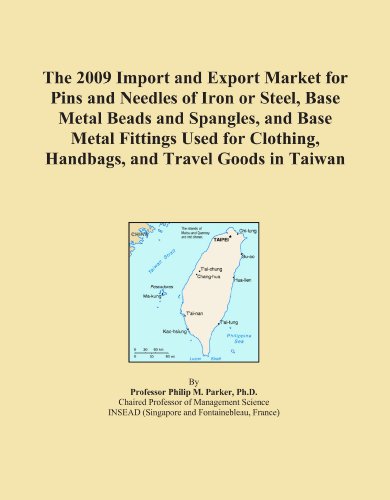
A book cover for The 2009 Import and Export Market for Pins and Needles of Iron or Steel, Base Metal Beads and Spangles, and Base Metal Fittings Used for Clothing, Handbags, and Travel Goods in Taiwan; Icon Group International; Travel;